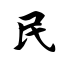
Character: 民